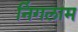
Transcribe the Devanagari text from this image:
निंगलाम